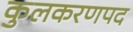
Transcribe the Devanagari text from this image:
कुलकरणपद